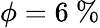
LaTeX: \phi=6~\%